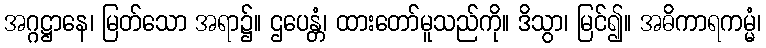
အဂ္ဂဋ္ဌာနေ၊ မြတ်သော အရာ၌။ ဌပေန္တံ၊ ထားတော်မူသည်ကို။ ဒိသွာ၊ မြင်၍။ အဓိကာရကမ္မံ၊